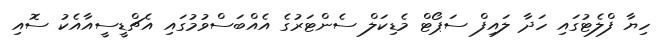
ހިޔާ ފްލެޓުގައި ހަދާ ލައިފް ސަޕޯޓް މެޑިކަލް ސެންޓަރުގެ އެއްބަސްވުމުގައި އެޗްޑީސީއާއެކު ސޮއި